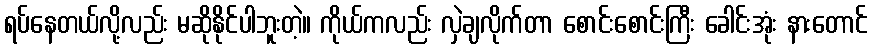
ရပ်နေတယ်လို့လည်း မဆိုနိုင်ပါဘူးတဲ့။ ကိုယ်ကလည်း လှဲချလိုက်တာ စောင်းစောင်းကြီး ခေါင်းအုံး နားတောင်